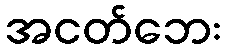
အငတ်ဘေး